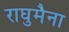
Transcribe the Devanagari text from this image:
राघुमैना